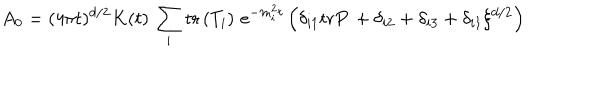
LaTeX: A _ { 0 } = ( 4 \pi t ) ^ { d / 2 } K ( t ) \, \sum _ { i } \mathrm { t r } \left( T _ { i } \right) \, e ^ { - m _ { i } ^ { 2 } t } \left( \delta _ { i 1 } \mathrm { t r } P \, + \delta _ { i 2 } + \delta _ { i 3 } + \delta _ { i 1 } \xi ^ { d / 2 } \right)